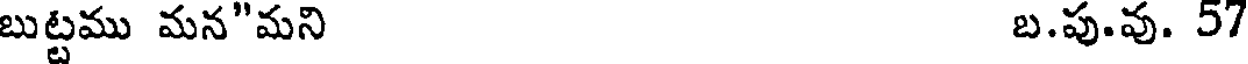
బుట్టము మన"మని బ.పు.వు. 57